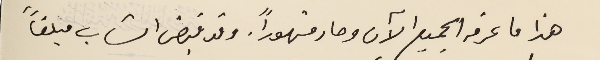
هذا ما عرفه الجميع الآن وصار مشهوراً. وقد قبض الشاب مبلغاً